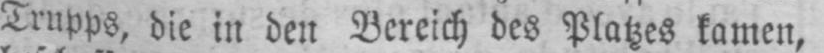
Trupps, die in den Bereich des Platzes kamen,